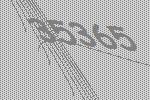
35365